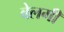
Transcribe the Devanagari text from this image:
बेलगी